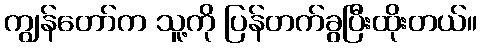
ကျွန်တော်က သူ့ကို ပြန်တက်ခွပြီးထိုးတယ်။